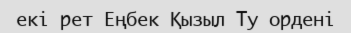
екі рет Еңбек Қызыл Ту ордені